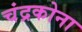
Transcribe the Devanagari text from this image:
चंद्रकोना